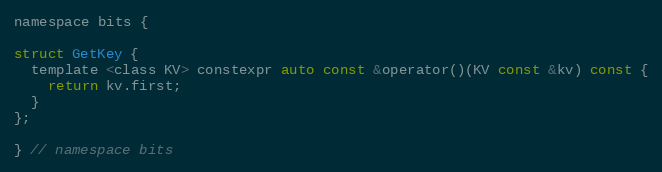
Language: C
namespace bits {

struct GetKey {
  template <class KV> constexpr auto const &operator()(KV const &kv) const {
    return kv.first;
  }
};

} // namespace bits